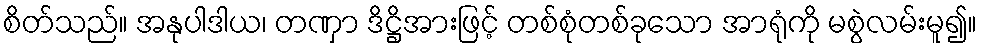
စိတ်သည်။ အနုပါဒါယ၊ တဏှာ ဒိဋ္ဌိအားဖြင့် တစ်စုံတစ်ခုသော အာရုံကို မစွဲလမ်းမူ၍။